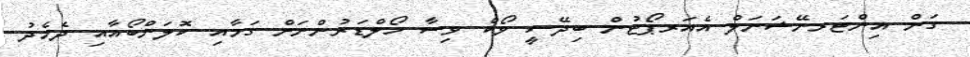
ގަން އިންޓަރނޭޝަނަލް އެއަރޕޯޓުން ބިދޭސީ ވޯކް ވިސާ ހޯލްޑަރުންނަށް ގަމާއި ކޮލަންބޯއާއި ދެމެދު